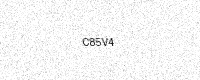
Text: C85V4